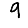
Digit: 9